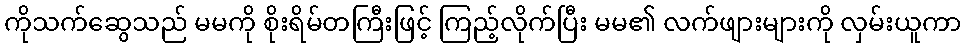
ကိုသက်ဆွေသည် မမကို စိုးရိမ်တကြီးဖြင့် ကြည့်လိုက်ပြီး မမ၏ လက်ဖျားများကို လှမ်းယူကာ